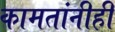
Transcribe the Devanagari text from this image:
कामतांनीही